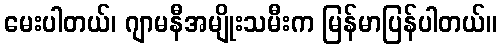
မေးပါတယ်၊ ဂျာမနီအမျိုးသမီးက မြန်မာပြန်ပါတယ်။